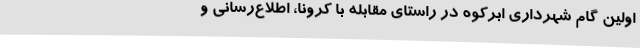
اولین گام شهرداری ابرکوه در راستای مقابله با کرونا، اطلاع‌رسانی و